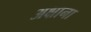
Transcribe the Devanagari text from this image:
अक्षाना